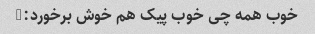
خوب همه چی خوب پیک هم خوش برخورد:)